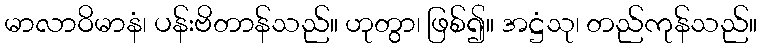
မာလာဝိမာနံ၊ ပန်းဗိတာန်သည်။ ဟုတွာ၊ ဖြစ်၍။ အဋ္ဌံသု၊ တည်ကုန်သည်။